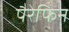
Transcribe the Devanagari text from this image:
पैरेफिन